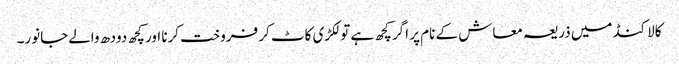
کالاکنڈ میں ذریعہ معاش کے نام پر اگر کچھ ہے تو لکڑی کاٹ کر فروخت کرنا اور کچھ دودھ والےجانور۔